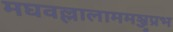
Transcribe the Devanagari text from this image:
मघवल्लालाममञ्जुप्रभ